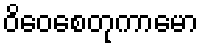
ဝိဝေစေတုကာမော